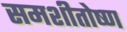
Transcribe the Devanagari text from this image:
समशीतोष्‍ण